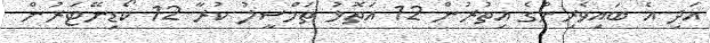
އަދި އެ ބައިވެރިންގެ އިތުރުން 12 އަތޮޅު ތަމްސީލު ކުރާ 12 ކޯޑިނޭޓަރުން